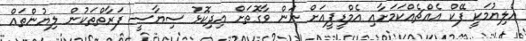
އެލިޔުމަކީ ފޭކް އެއްޗެއްކަމަށާއި އެމްޑީޕީއަށް ނަން ވާގޮތަށް އިދިކޮޅު ސިޔާސީ ފަރާތްތަކުން ލިޔުންތައް